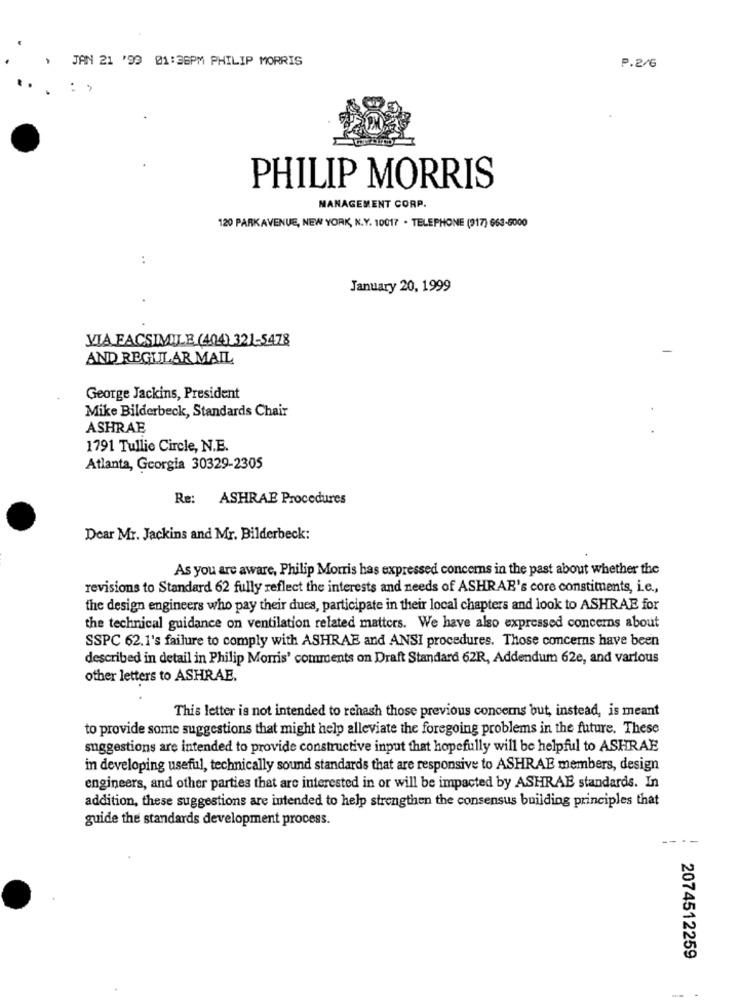
JAN 21 '99 01:36PM PHILIP MORRIS
P.2/6
PHILIP MORRIS
MANAGEMENT CORP.
120 PARKAVENUE, NEW YORK, N.Y. 10017 - TELEPHONE (917) 663-5000
..
January 20, 1999
VIA FACSIMILE (404) 321-5478
AND REGULAR MAIL
George Jackins, President
Mike Bilderbeck, Standards Chair
ASHRAE
1791 Tullie Circle, N.E.
Atlanta, Georgia 30329-2305
Re: ASHRAE Procedures
Dear Mr. Jackins and Mr. Bilderbeck:
As you are aware, Philip Morris has expressed concerns in the past about whether the
revisions to Standard 62 fully reflect the interests and needs of ASHRAE's core constituents, i.e .,
the design engineers who pay their dues, participate in their local chapters and look to ASHRAE for
the technical guidance on ventilation related matters. We have also expressed concerns about
SSPC 62.1's failure to comply with ASHRAE and ANSI procedures. Those concerns have been
described in detail in Philip Morris' comments on Draft Standard 62R, Addendum 62e, and various
other letters to ASHRAE.
This letter is not intended to rehash those previous concerns but, instead, is meant
to provide some suggestions that might help alleviate the foregoing problems in the future. These
suggestions are intended to provide constructive input that hopefully will be helpful to ASHRAE
in developing useful, technically sound standards that are responsive to ASHRAE members, design
engineers, and other parties that are interested in or will be impacted by ASHRAE standards. In
addition, these suggestions are intended to help strengthen the consensus building principles that
guide the standards development process.
---
2074512259